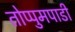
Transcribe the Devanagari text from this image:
तोप्पुमपाडी